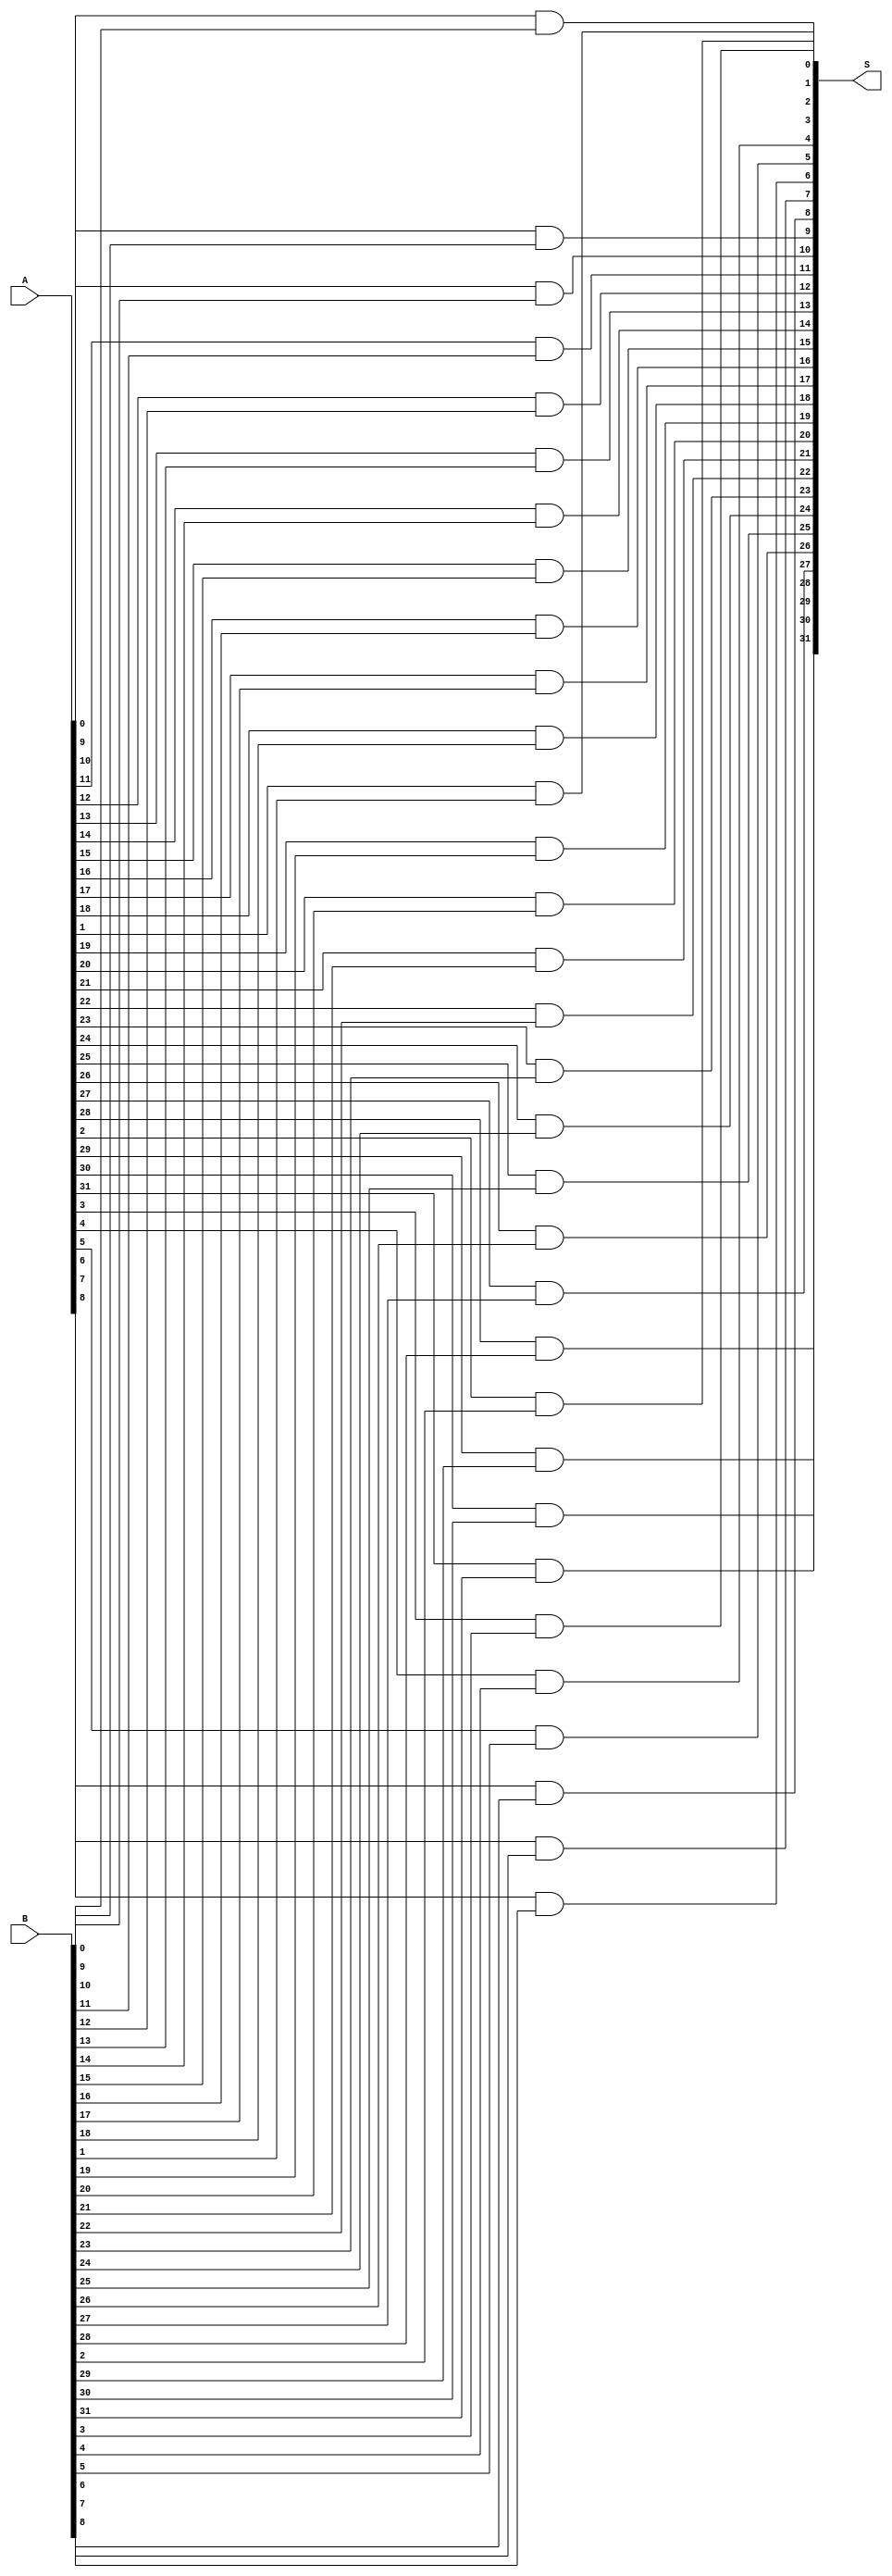
module bitwiseAND(
    output [31:0] S,
    input [31:0] A,
    input [31:0] B
);
genvar i;
for(i = 0;i < 32;i = i + 1) begin
    assign #1 S[i] = A[i] &B[i];
end
endmodule